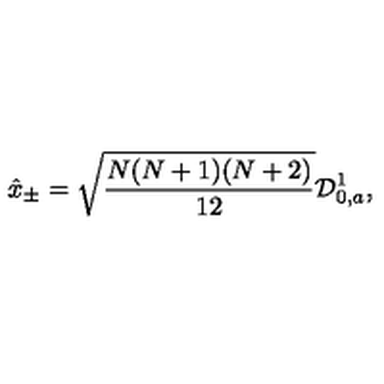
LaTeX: \hat { x } _ { \pm } = \sqrt { \frac { N ( N + 1 ) ( N + 2 ) } { 1 2 } } { \cal D } _ { 0 , a } ^ { 1 } ,